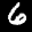
Digit: 6